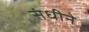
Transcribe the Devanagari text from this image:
संधीने